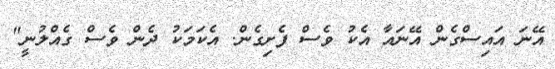
އޭނަ އައިސްގެން އޭނައާ އެކު ވެސް ފެށިގެން. އެކަމަކު ދެން ވެސް ގެއްލުނީ"